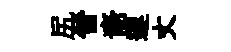
尻晉裔遲丈